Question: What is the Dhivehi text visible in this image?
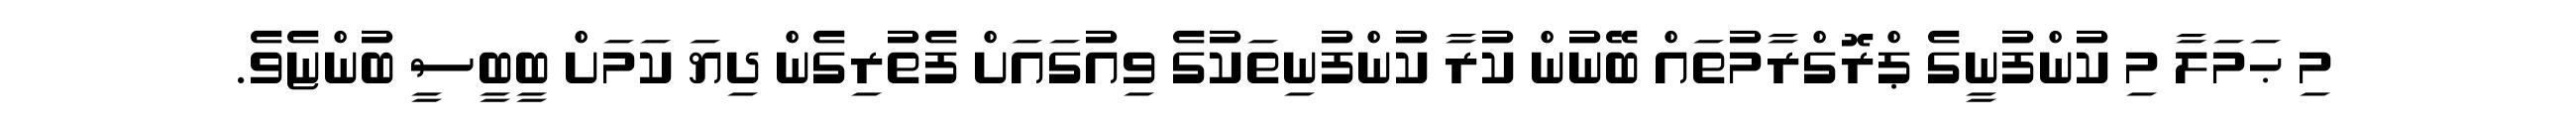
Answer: މި ޙަމަލާ މި ކުންފުނީގެ ޕްރޮގްރާމުތައް ބޭނުން ކުރާ ކުންފުނިތަކުގެ ވިއުގައަށް ފެތުރިގެން ދިޔަ ކަމަށް ބީބީސީ ބުންޏެވެ.